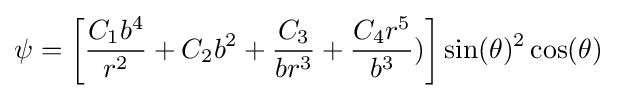
\psi =\left[{\frac {C_{1}b^{4}}{r^{2}}}+C_{2}b^{2}+{\frac {C_{3}}{br^{3}}}+{\frac {C_{4}r^{5}}{b^{3}}})\right]\sin(\theta )^{2}\cos(\theta )